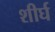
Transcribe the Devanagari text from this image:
शीर्घ